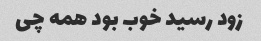
زود رسید خوب بود همه چی